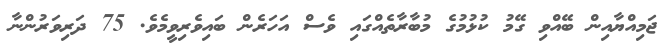
ޖަމިއްޔާއިން ބޭއްވި ގޭމު ކުޅުމުގެ މުބާރާތެއްގައި ވެސް އަހަރެން ބައިވެރިވީމެވެ. 75 ދަރިވަރުންނާ